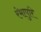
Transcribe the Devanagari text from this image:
रंभापुरि